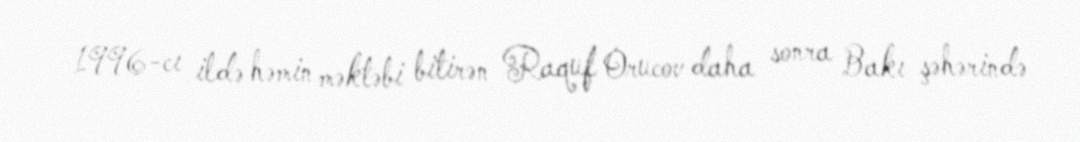
1996-cı ildə həmin məktəbi bitirən Raquf Orucov daha sonra Bakı şəhərində